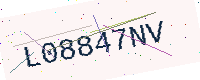
Text: L08847NV